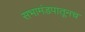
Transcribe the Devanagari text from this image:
सभामंडपातूनच